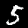
Label: 5